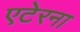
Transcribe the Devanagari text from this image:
एटेरना